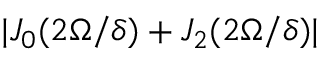
| J _ { 0 } ( 2 \Omega / \delta ) + J _ { 2 } ( 2 \Omega / \delta ) |